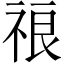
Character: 𱵒